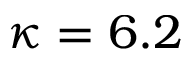
\kappa = 6 . 2